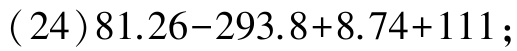
\((24)81.26 - 293.8 + 8.74 + 111;\)